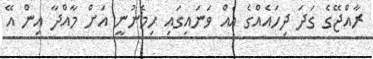
ރާއްޖޭގެ ގަދަ ދިހައެއްގެ އެއް ވަނައިގައި ހިމެނުނީ އަށް މާއްދާ އިން އޭ